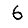
Digit: 6